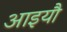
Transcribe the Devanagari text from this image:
आइयौ